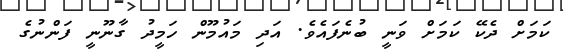
ކަމަށް ދެކޭ ކަމަށް ވަނީ ބުނެފައެވެ. އަދި މައުމޫން ހަމީދު ގާނޫނީ ފަންނުގެ